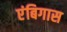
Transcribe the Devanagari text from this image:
एंबिगास